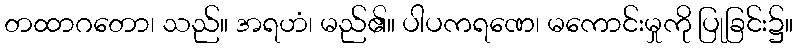
တထာဂတော၊ သည်။ အရဟံ၊ မည်၏။ ပါပကရဏေ၊ မကောင်းမှုကို ပြုခြင်း၌။